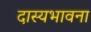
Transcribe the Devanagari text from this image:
दास्यभावना